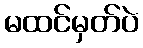
မထင်မှတ်ပဲ